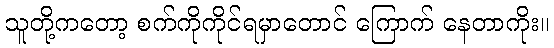
သူတို့ကတော့ စက်ကိုကိုင်ရမှာတောင် ကြောက် နေတာကိုး။